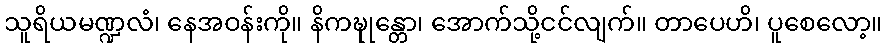
သူရိယမဏ္ဍလံ၊ နေအဝန်းကို။ နိကဍ္ဎုန္တော၊ အောက်သို့ငင်လျက်။ တာပေဟိ၊ ပူစေလော့။